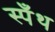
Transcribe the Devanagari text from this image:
स्पँथ